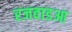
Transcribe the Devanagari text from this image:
रजवाडआ